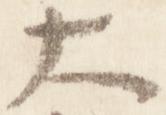
大